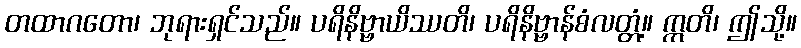
တထာဂတော၊ ဘုရားရှင်သည်။ ပရိနိဗ္ဗာယိဿတိ၊ ပရိနိဗ္ဗာန်စံလတ္တံ့။ ဣတိ၊ ဤသို့။